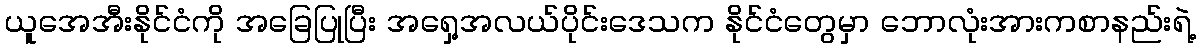
ယူအေအီးနိုင်ငံကို အခြေပြုပြီး အရှေ့အလယ်ပိုင်းဒေသက နိုင်ငံတွေမှာ ဘောလုံးအားကစာနည်းရဲ့